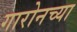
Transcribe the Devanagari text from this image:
गारोनच्या